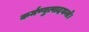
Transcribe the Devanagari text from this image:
कर्मण्युत्पादयन्ते।